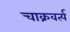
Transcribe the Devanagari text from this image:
चाक्रवर्त्य